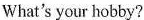
What's your hobby?